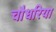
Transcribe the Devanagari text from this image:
चौधरिया